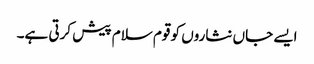
ایسے جاں نثاروں کو قوم سلام پیش کرتی ہے۔